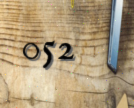
052